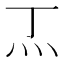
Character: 𭴀